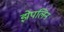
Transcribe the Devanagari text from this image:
झेपलिन